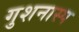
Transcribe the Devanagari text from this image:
गुशनास्प